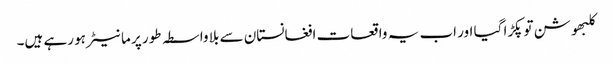
کلبھوشن توپکڑا گیا اور اب یہ واقعات افغانستان سے بلا واسطہ طور پر ما نیٹر ہو رہے ہیں۔